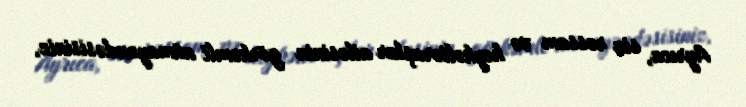
Ayrıca, siz rəssam və heykəltəraşlar ailəsinin görkəmli nümayəndəsisiniz,